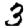
Digit: 3